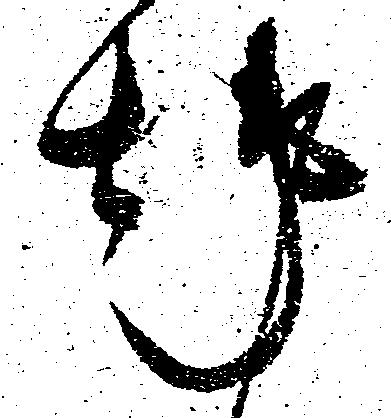
趣